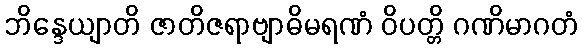
ဘိန္ဒေယျာတိ ဇာတိဇရာဗျာဓိမရဏံ ဝိပတ္တိ ဂဏိမာဂတံ